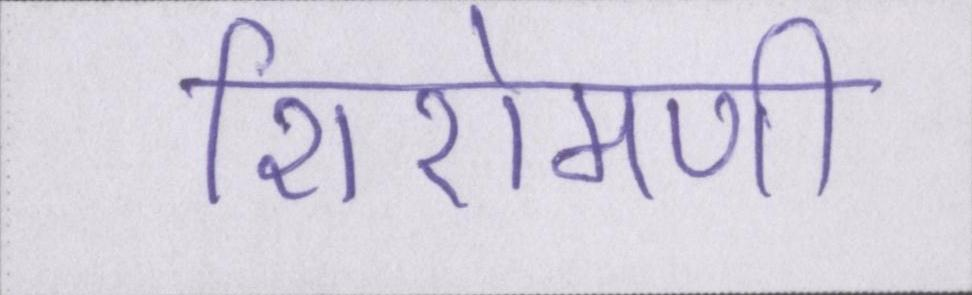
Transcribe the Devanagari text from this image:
शिरोमणी